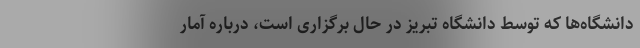
دانشگاه‌ها که توسط دانشگاه تبریز در حال برگزاری است، درباره آمار